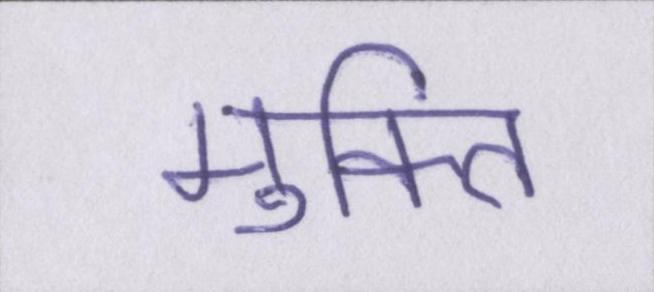
मुक्ति